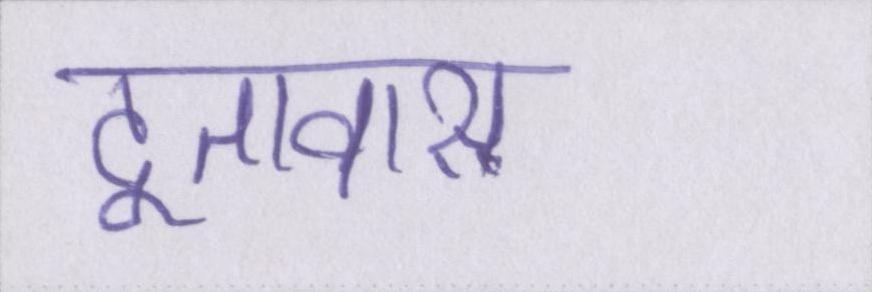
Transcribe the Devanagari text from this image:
दूतावास